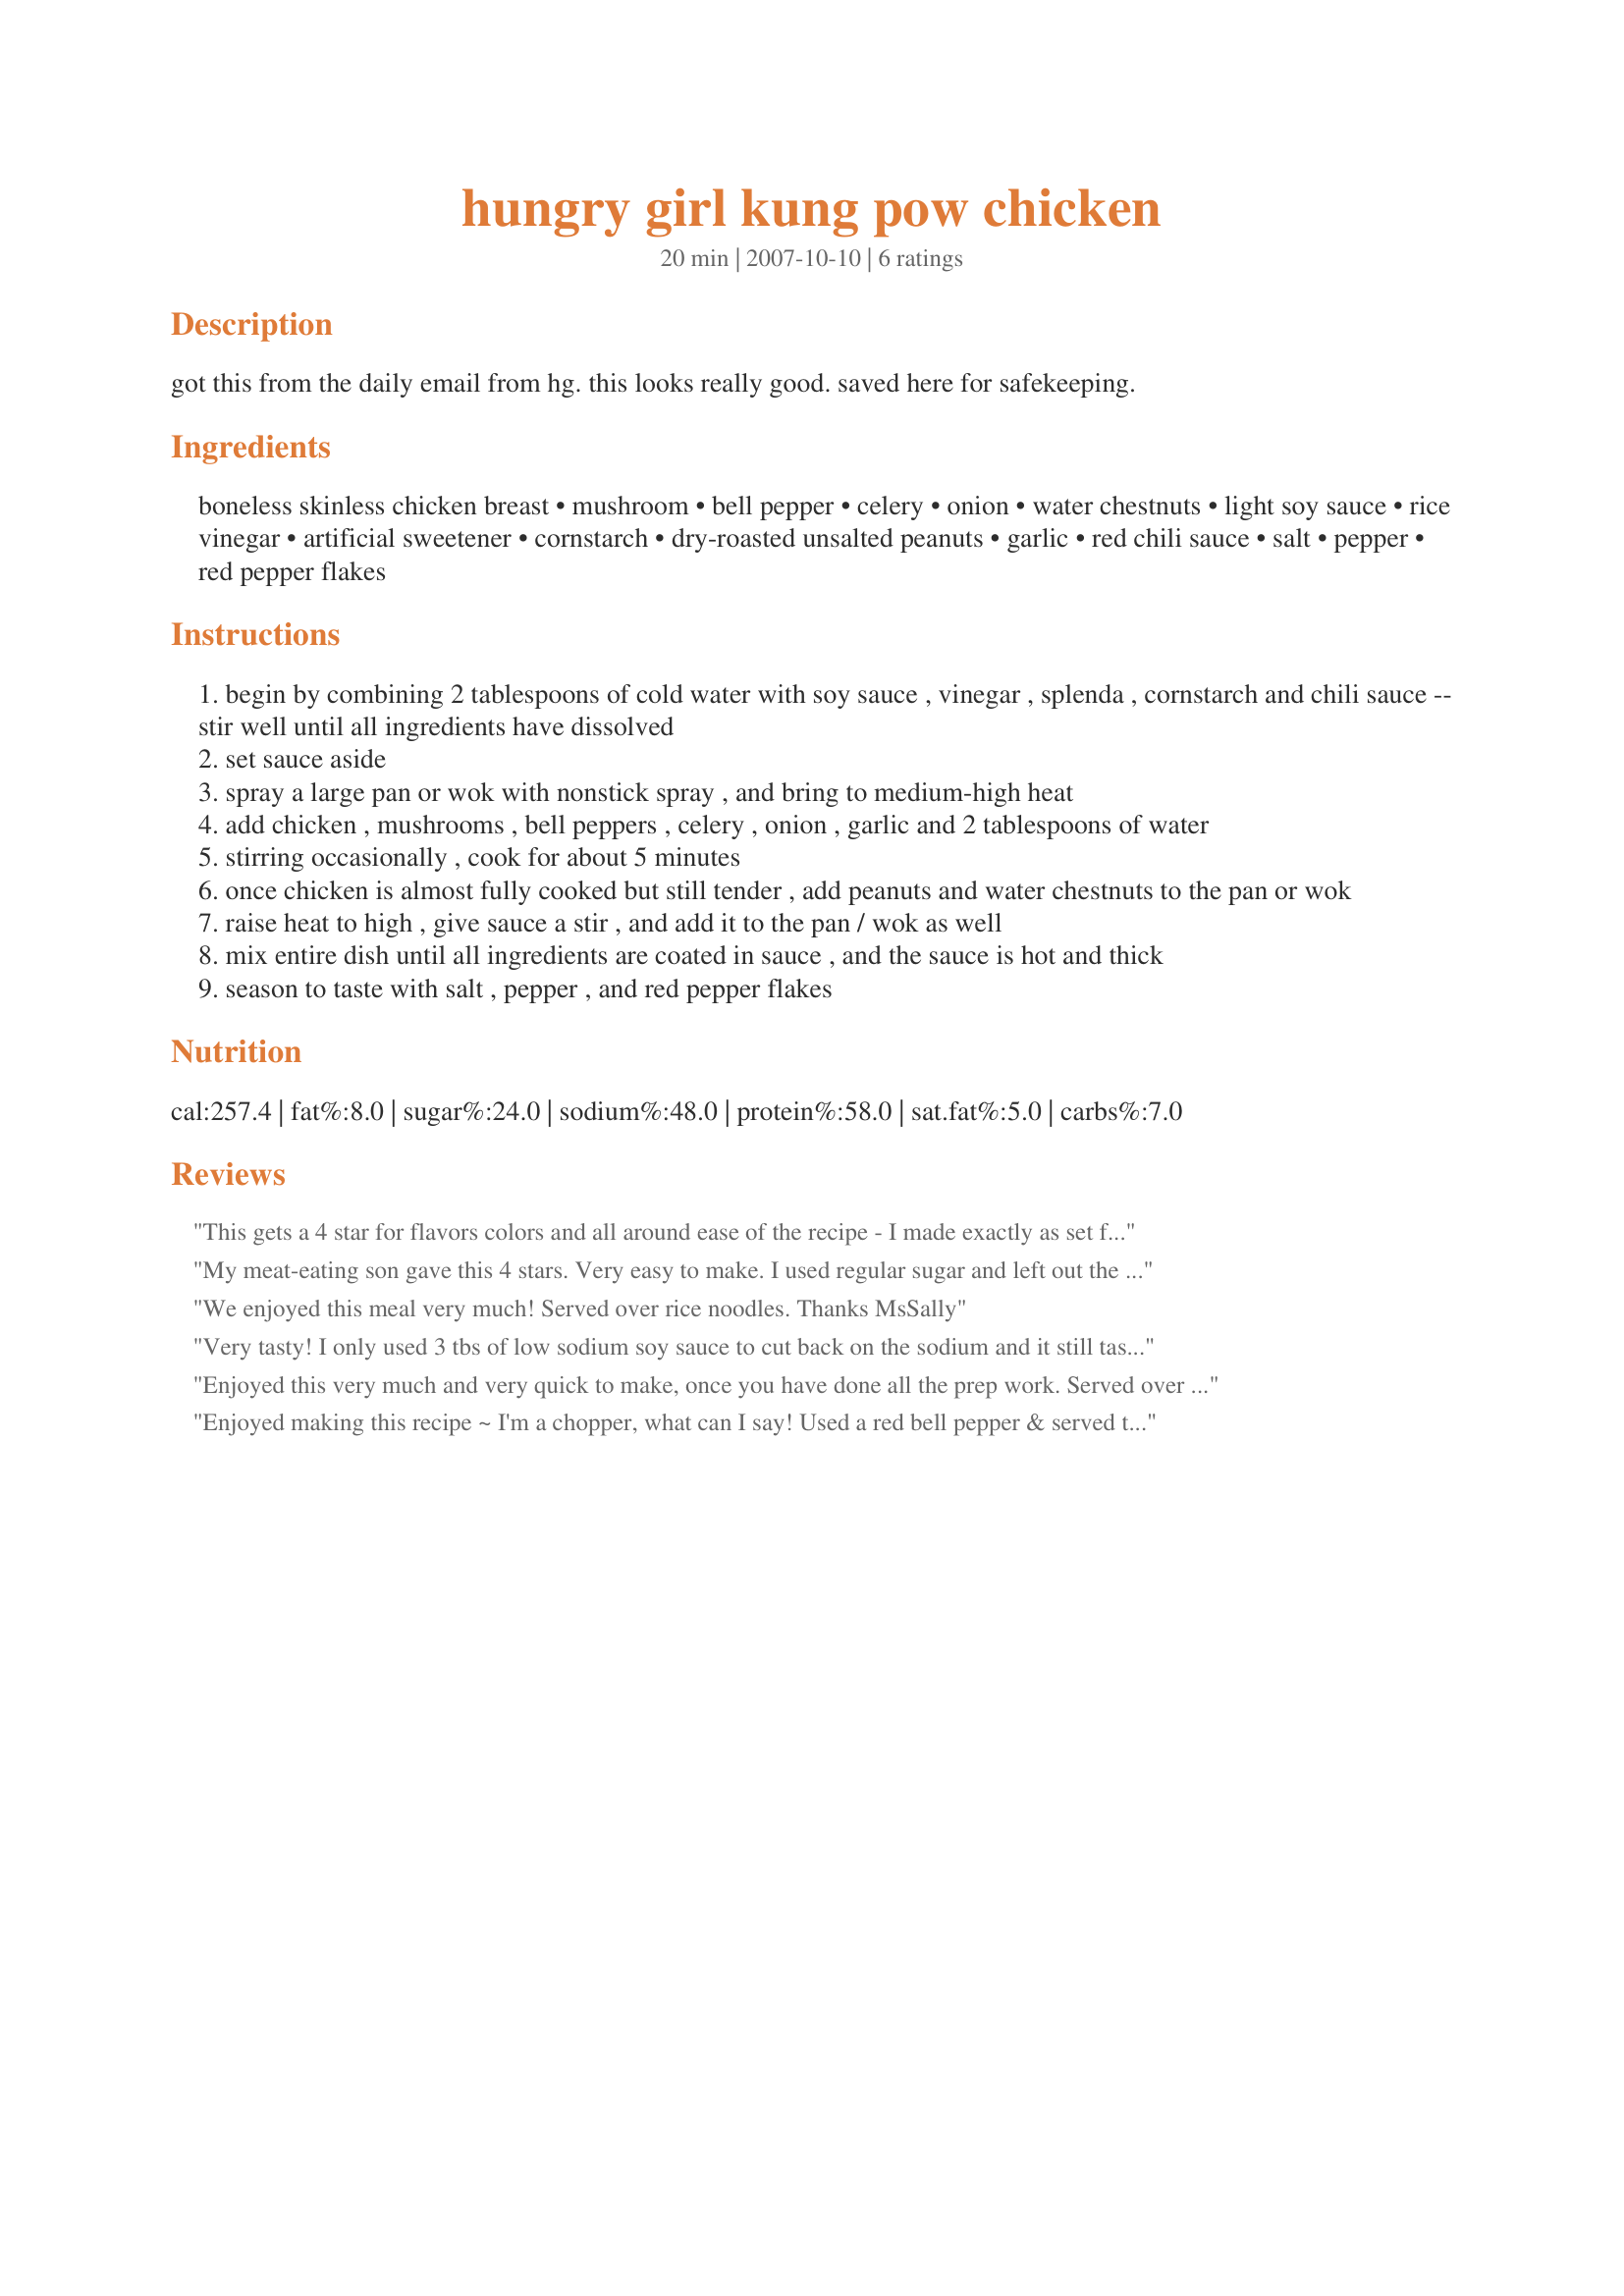
hungry girl kung pow chicken
Preparation time: 20 minutes

got this from the daily email from hg. this looks really good. saved here for safekeeping.

Ingredients:
boneless skinless chicken breast, mushroom, bell pepper, celery, onion, water chestnuts, light soy sauce, rice vinegar, artificial sweetener, cornstarch, dry-roasted unsalted peanuts, garlic, red chili sauce, salt, pepper, red pepper flakes

Steps:
begin by combining 2 tablespoons of cold water with soy sauce , vinegar , splenda , cornstarch and chili sauce -- stir well until all ingredients have dissolved
set sauce aside
spray a large pan or wok with nonstick spray , and bring to medium-high heat
add chicken , mushrooms , bell peppers , celery , onion , garlic and 2 tablespoons of water
stirring occasionally , cook for about 5 minutes
once chicken is almost fully cooked but still tender , add peanuts and water chestnuts to the pan or wok
raise heat to high , give sauce a stir , and add it to the pan / wok as well
mix entire dish until all ingredients are coated in sauce , and the sauce is hot and thick
season to taste with salt , pepper , and red pepper flakes

Reviews:
This gets a 4 star for flavors colors and all around ease of the recipe - I made exactly as set forth in the recipe and like it very much indeed - for future I think I would like to add a litte green color with some snow peas and perhaps just a touch of chili paste. (love hot foods) great post Ms. Sally!!!!!!!
My meat-eating son gave this 4 stars. Very easy to make. I used regular sugar and left out the peanuts because the meat-eater is not a nut-eater. Reviewed for 1-2-3 Hit Wonders Tag.
We enjoyed this meal very much! Served over rice noodles. Thanks MsSally
Very tasty! I only used 3 tbs of low sodium soy sauce to cut back on the sodium and it still tastes great! Also, as another suggested, using pre-cut broccolli slaw instead of celery and some of the other veggies saves time.
Enjoyed this very much and very quick to make, once you have done all the prep work. Served over Jasmin rice. :)
Enjoyed making this recipe ~ I'm a chopper, what can I say! Used a red bell pepper & served this colorful chicken dish over a mix of rice & peas! Considering the amount of sodium already in the ingredients, I omitted any S&P at the end & cut back the red chili sauce to 1 teaspoon! Loved it, & thanks much for sharing! [Tagged, made & reviewed in 1-2-3 Hit Wonders cooking game]
